Annual report of the Bengal Veterinary College and of the Civil Veterinary Department, Bengal, for the year 1919-20 - 1919-1920
Year: 1919
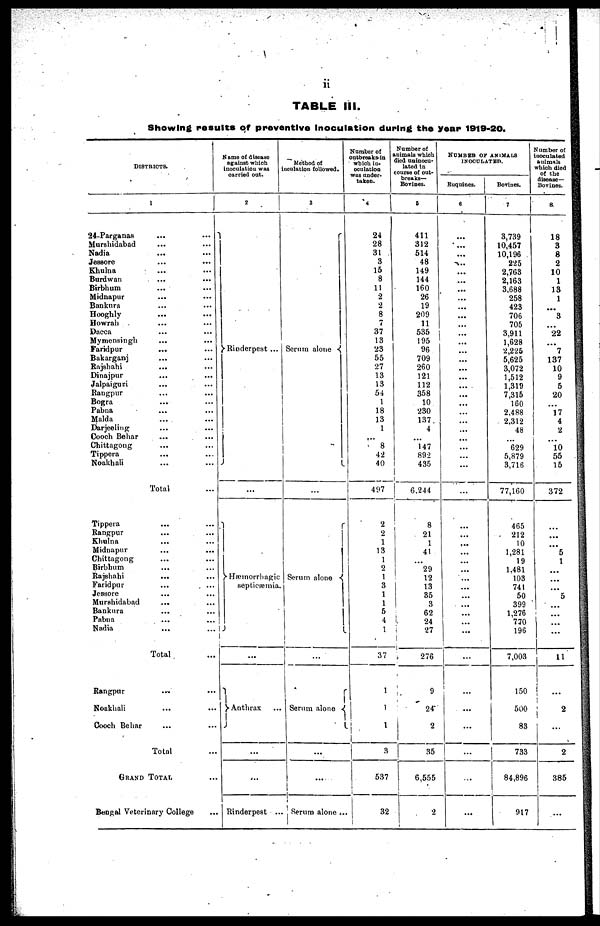
ii
TABLE III.
Showing results of preventive Inoculation during the year 1919-20.
DISTRICTS.
1
24-Parganas
...
...
Murshidabad ... ...
Nadia ... ...
Jessore ... ...
Khulna ... ...
Bardwan ... ...
Birbhum ... ...
Midnapur ... ...
Bankura ... ...
Hooghly
Howrah ... ...
Dacca ... ...
Mymensingh ... ...
Faridpur ... ...
Bakarganj ... ...
Rajshahi ... ...
Dinajpur ... ...
Jalpaiguri ... ...
Rangpur ... ...
Bogra ... ...
Pabna ... ...
Malda ... ...
Darjeeling ... ...
Cooch Behar ... ...
Chittagong ... ...
Tippera ... ...
Noakhali ... ...
Total ...
Tippera ... ...
Rangpur ... ...
Khulna ... ...
Midnapur ... ...
Chittagong ... ...
Birbhum ... ...
Rajshahi ... ...
Faridpur ... ...
Jessore ... ...
Murshidabad ... ...
Bankura ... ...
Pabna ... ...
Nadia ... ...
Total ...
Rangpur
...
...
Noakhali ... ...
Cooch Behar ... ...
Total ...
GRAND TOTAL ...
Bengal Veterinary College ...
Name of disease
against which
inoculation was
carried out.
Rinderpest ...
...
Hæmorrhagic
septicæmia.
...
Anthrax ...
...
...
Rinderpest ...
Method of
inculation followed.
3
Serum alone
...
Serum alone
...
Serum alone
...
...
Serum alone ...
Number of
outbreaks in
which in-
oculation
was under-
taken.
4
24
28
31
3
15
8
11
2
2
8
7
37
13
23
55
27
13
13
54
1
18
13
1
...
8
42
40
497
2
2
1
13
1
2
1
3
1
1
5
4
1
37
1
1 1
3
537
32
Number of
animals which
died uninocu-
lated in
course of out-
breaks—
Bovines.
5
411
312
514
48
149
144
160
26
19
209
11
535
195
96
709
260
121
112
358
10
230
137
4
...
147
892
435
6,244
8
21
1
41
...
29
12
13
35
3
62
24
27
276
9
24
2
35
6,555
2
NUMBER OF ANIMALS
INOCULATED.
Enquines.
6
...
...
...
...
...
...
...
...
...
...
...
...
...
...
...
...
...
...
...
...
...
...
...
...
...
...
...
...
...
...
...
...
... ...
...
...
...
...
...
...
...
...
...
...
...
...
...
...
Bovines.
7
3,739
10,457
10,196
225
2,763
2,163
3,688
258
423
706
705
3,911
1,628
2,225
5,625
3,072
1,512
1,319
7,315
160
2,488
2,312
48
...
629
5,879
3,716
77,160
465
212
10
1,281
19
1,481
103
741
50
399
1,276
770
196
7,003
150
500
83
733
84,896
917
Number of
inoculated
animals
which died
of the
disease—
Bovines.
8
18
3
8
2
10
1
13
1
3
22
7
137
10
9
5
20
...
17
4
2
...
10
55
15
372
...
...
...
5
1
...
...
...
5
...
...
...
...
11
...
2
...
2
385
...